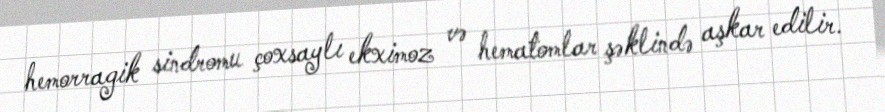
hemorragik sindromu çoxsaylı ekximoz və hematomlar şəklində aşkar edilir.